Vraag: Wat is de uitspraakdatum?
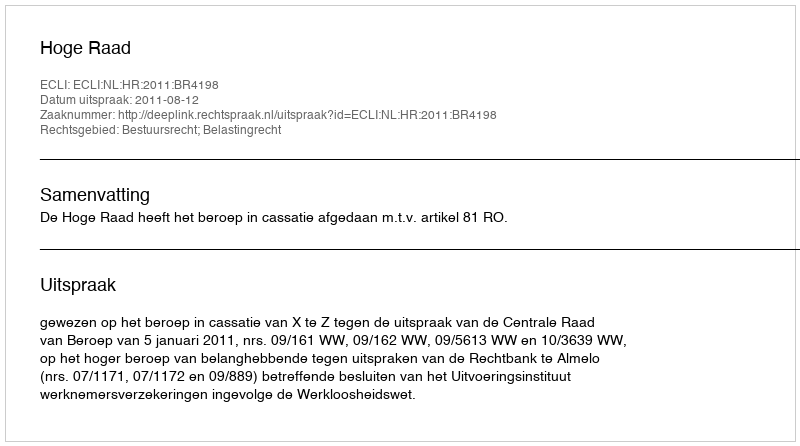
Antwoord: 2011-08-12